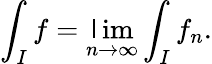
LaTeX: \int_{I}f=\operatorname*{\mathsf{l}im}_{n\to\infty}\int_{I}f_{n}.